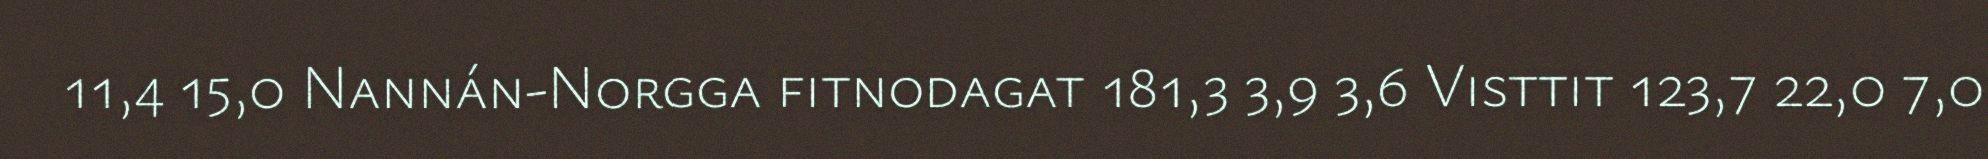
11,4 15,0 Nannán-Norgga fitnodagat 181,3 3,9 3,6 Visttit 123,7 22,0 7,0